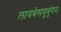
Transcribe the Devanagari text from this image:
लायबेसयुबुंगन